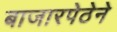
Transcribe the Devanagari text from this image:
बाजारपेठेने